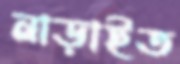
নাড়াইত